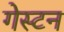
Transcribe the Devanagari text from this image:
गेस्टन